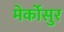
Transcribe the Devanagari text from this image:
मेर्कोसुर